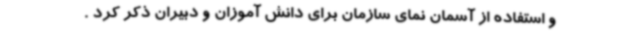
و استفاده از آسمان نمای سازمان برای دانش آموزان و دبیران ذکر کرد .